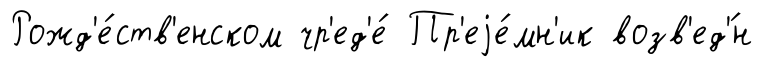
Рожд'е́ств'енском чр'ед'е́ Пр'еjе́мн'ик возв'ед'́н